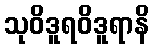
သုဝိဒူရဝိဒူရာနိ